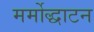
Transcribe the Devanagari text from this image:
मर्मोद्धाटन